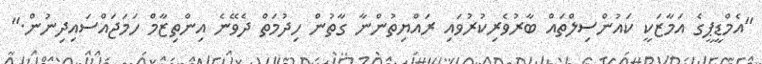
"އެމްޑީޕީގެ އަމާޒަކީ ކައުންސިލްތައް ބާރުވެރިކުރުވައި ރައްޔިތުންނާ ގާތުން ހިދުމަތް ދެވޭނެ އިންތިޒާމް ހަމަޖައްސައިދިނުން."